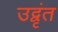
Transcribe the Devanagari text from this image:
उद्वृंत